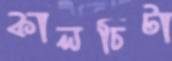
কালচিটা